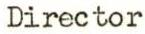
Director